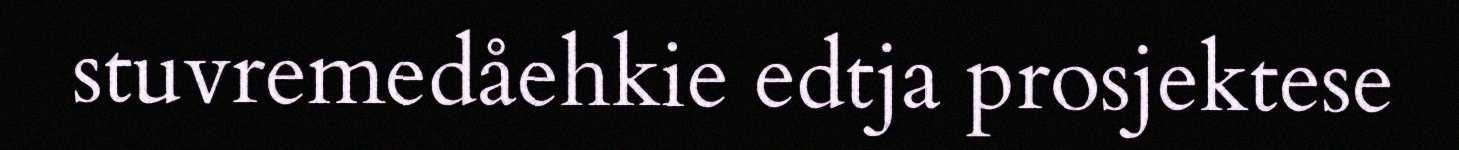
stuvremedåehkie edtja prosjektese